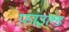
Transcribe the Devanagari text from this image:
फ़ाउल्ड